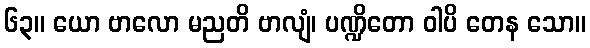
၆၃။ ယော ဗာလော မညတိ ဗာလျံ၊ ပဏ္ဍိတော ဝါပိ တေန သော။